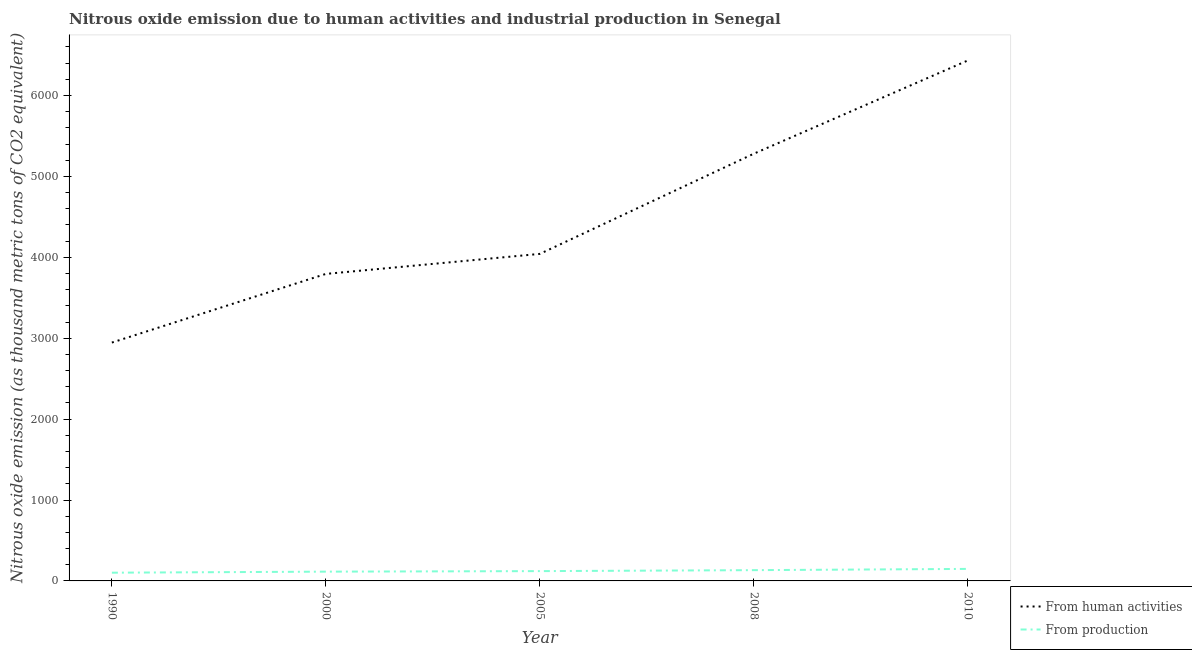
| Year | From human activities | From production |
 | --- | --- | --- |
 | 1990 | 2.95e+03 | 102 |
 | 2000 | 3.79e+03 | 115 |
 | 2005 | 4.04e+03 | 121 |
 | 2008 | 5.28e+03 | 133 |
 | 2010 | 6.43e+03 | 149 |